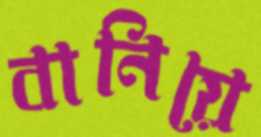
বানিয়ে